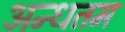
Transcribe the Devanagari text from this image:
अन्धतम